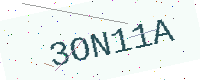
Text: 3ON11A